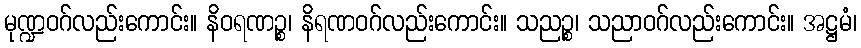
မုဏ္ဍဝဂ်လည်းကောင်း။ နိဝရဏဉ္စ၊ နိရဏဝဂ်လည်းကောင်း။ သညဉ္စ၊ သညာဝဂ်လည်းကောင်း။ အဋ္ဌမံ၊